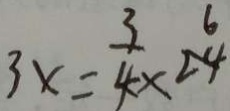
3 x = \frac { 3 } { 4 } \times 2 4